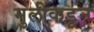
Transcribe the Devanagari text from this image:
मुलींकडून